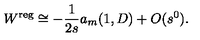
W ^ { \mathrm { \scriptsize r e g } } \cong - \frac 1 { 2 s } a _ { m } ( 1 , D ) + O ( s ^ { 0 } ) .